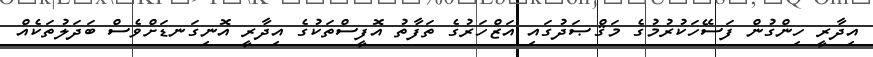
އިދާރީ ހިންގުން ފަސޭހަކުރުމުގެ މަޤްޞަދުގައި އަޒްހަރުގެ ތަފާތު އޮފީސްތަކުގެ އިދާރީ އޮނިގަނޑަށްވެސް ބަދަލުތަކެއް